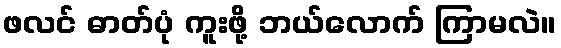
ဖလင် ဓာတ်ပုံ ကူးဖို့ ဘယ်လောက် ကြာမလဲ။